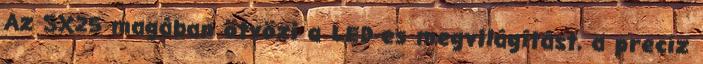
Az SX25 magában ötvözi a LED-es megvilágítást, a precíz